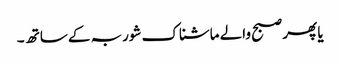
یا پھر صبح والے ماشناک شوربہ کے ساتھ ۔